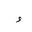
Letter: _hamza